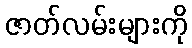
ဇာတ်လမ်းများကို